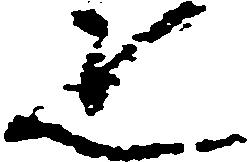
疋